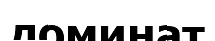
доминат